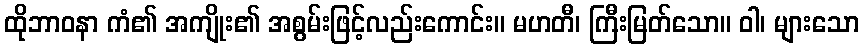
ထိုဘာဝနာ ကံ၏ အကျိုး၏ အစွမ်းဖြင့်လည်းကောင်း။ မဟတီ၊ ကြီးမြတ်သော။ ဝါ၊ များသော